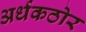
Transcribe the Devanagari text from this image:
अर्धकठोर